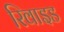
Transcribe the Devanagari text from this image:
रिवाइड